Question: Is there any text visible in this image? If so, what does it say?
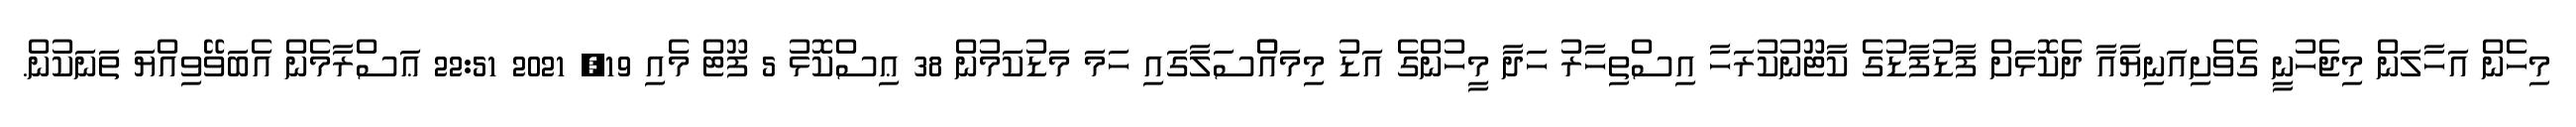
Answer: މިހެން އަހާލަން މިޖެހުނީ ގެވެށިއަނިޔާއާ ދެކޮޅަށް ފާޑުފާޑުގެ ކާޓޫނުކުރަހާ އިސްތިހާރު ހަދާ މީހުންގެ އަޑު މިމައްްސަލާގައި ހަމަ މަޑުކަމުން 38 ޢިސްކޮޅު 5 ފޫޓް މެއި 19, 2021 22:51 ޢަސްރާމެން އެބަވޭވިއްޔަ ތަނަކުން.